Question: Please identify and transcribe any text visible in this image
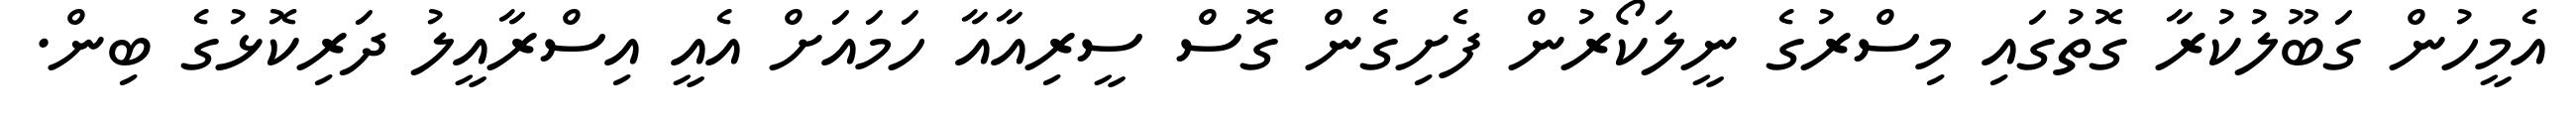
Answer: އެމީހުން ގަބޫލުކުރާ ގޮތުގައި މިސްރުގެ ނީލަކޯރުން ފެށިގެން ގޮސް ސީރިއާއާ ހަމައަށް އެއީ އިސްރާއީލު ދަރިކޮޅުގެ ބިން.